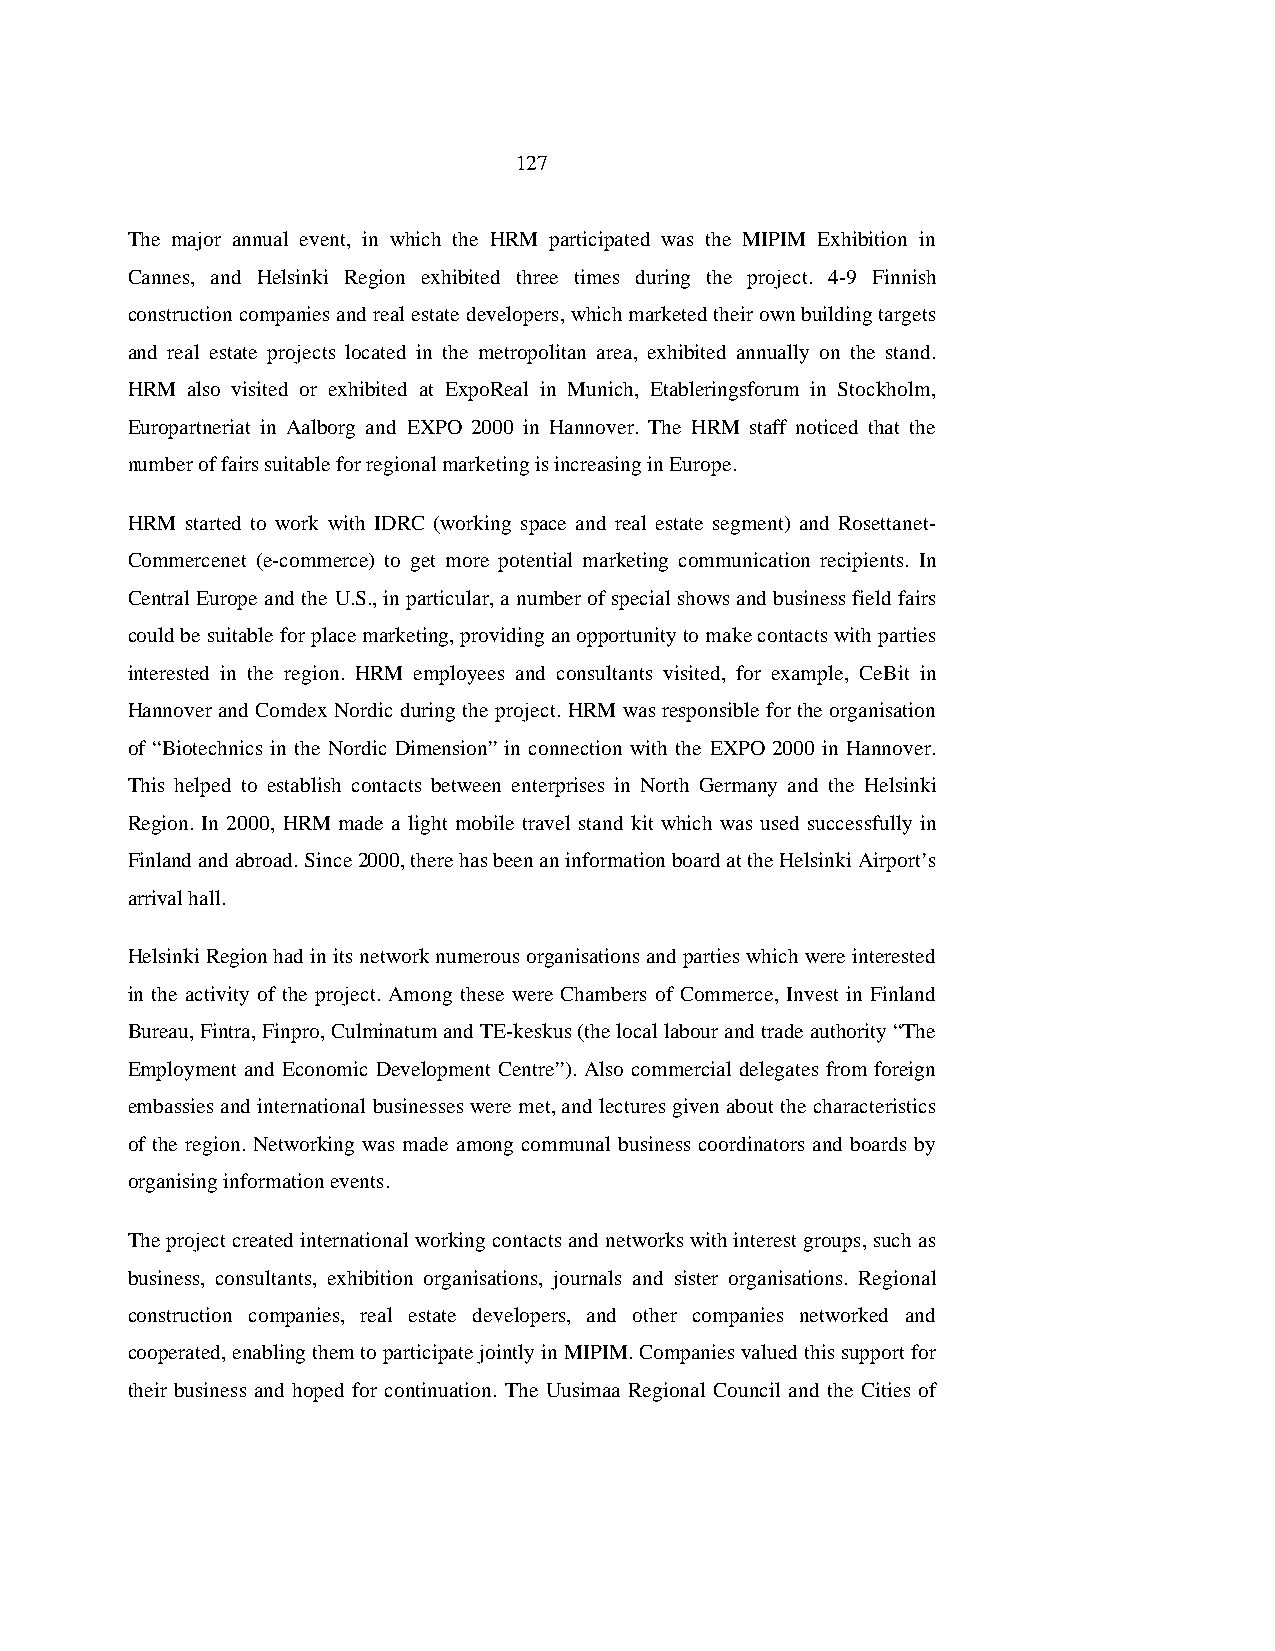
127
 The major annual event, in which the HRM participated was the MIPIM Exhibition in
 Cannes, and Helsinki Region exhibited three times during the project. 4-9 Finnish
 construction companies and real estate developers, which marketed their own building targets
 and real estate projects located in the metropolitan area, exhibited annually on the stand.
 HRM also visited or exhibited at ExpoReal in Munich, Etableringsforum in Stockholm,
 Europartneriat in Aalborg and EXPO 2000 in Hannover. The HRM staff noticed that the
 number of fairs suitable for regional marketing is increasing in Europe.
 HRM started to work with IDRC (working space and real estate segment) and Rosettanet-
 Commercenet (e-commerce) to get more potential marketing communication recipients. In
 Central Europe and the U.S., in particular, a number of special shows and business field fairs
 could be suitable for place marketing, providing an opportunity to make contacts with parties
 interested in the region. HRM employees and consultants visited, for example, CeBit in
 Hannover and Comdex Nordic during the project. HRM was responsible for the organisation
 of “Biotechnics in the Nordic Dimension” in connection with the EXPO 2000 in Hannover.
 This helped to establish contacts between enterprises in North Germany and the Helsinki
 Region. In 2000, HRM made a light mobile travel stand kit which was used successfully in
 Finland and abroad. Since 2000, there has been an information board at the Helsinki Airport’s
 arrival hall.
 Helsinki Region had in its network numerous organisations and parties which were interested
 in the activity of the project. Among these were Chambers of Commerce, Invest in Finland
 Bureau, Fintra, Finpro, Culminatum and TE-keskus (the local labour and trade authority “The
 Employment and Economic Development Centre”). Also commercial delegates from foreign
 embassies and international businesses were met, and lectures given about the characteristics
 of the region. Networking was made among communal business coordinators and boards by
 organising information events.
 The project created international working contacts and networks with interest groups, such as
 business, consultants, exhibition organisations, journals and sister organisations. Regional
 construction companies, real estate developers, and other companies networked and
 cooperated, enabling them to participate jointly in MIPIM. Companies valued this support for
 their business and hoped for continuation. The Uusimaa Regional Council and the Cities of